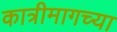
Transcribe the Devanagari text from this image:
कात्रीमागच्या